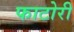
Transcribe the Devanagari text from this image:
फाटोरी